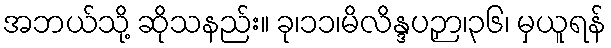
အဘယ်သို့ ဆိုသနည်း။ ခု၊၁၁၊မိလိန္ဒပဉှာ၊၃၆၊ မှယူရန်